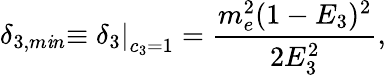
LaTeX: \delta_{3,m\mathit{i}n}\left.\equiv\delta_{3}\right|_{c_{3}=1}=\frac{{m_{e}^{2}(1-E_{3})^{2}}}{{2E_{3}^{2}}},